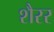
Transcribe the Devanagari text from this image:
शैरर